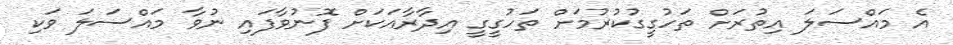
އެ މައްސަލަ އިތުރަށް ތަހުގީގުކުރުމަށް ތަހުގީގީ އިދާރާއަކަށް ފޮނުވާފައި ނުވާ މައްސަލަ ވަކި